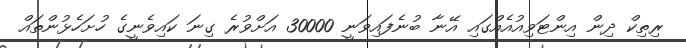
ރިތިކް ދިން އިންޓަވިއުއެއްގައި އޭނާ ބުނެފައިވަނީ 30000 އަށްވުރެ ގިނަ ކައިވެނީގެ ހުށަހެޅުންތައް